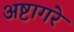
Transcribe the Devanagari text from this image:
अष्टागरे